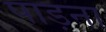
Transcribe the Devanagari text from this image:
पाड़ना